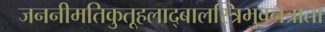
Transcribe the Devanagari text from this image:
जननीमतिकुतूहलाद्बालस्त्रिभुवनत्राता